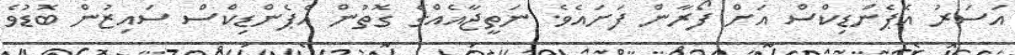
އަސަރު އެޕެންޑިކްސް އަށް ފޯރާން ފަށައެވެ. ނަތީޖާއެއްގެ ގޮތުން އެޕެންޑިކްސް ސައިޒުން ބޮޑުވެ